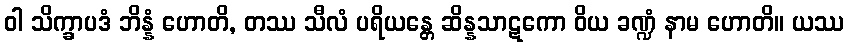
ဝါ သိက္ခာပဒံ ဘိန္နံ ဟောတိ, တဿ သီလံ ပရိယန္တေ ဆိန္နသာဋကော ဝိယ ခဏ္ဍံ နာမ ဟောတိ။ ယဿ